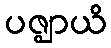
ပဇ္ဈာယိ